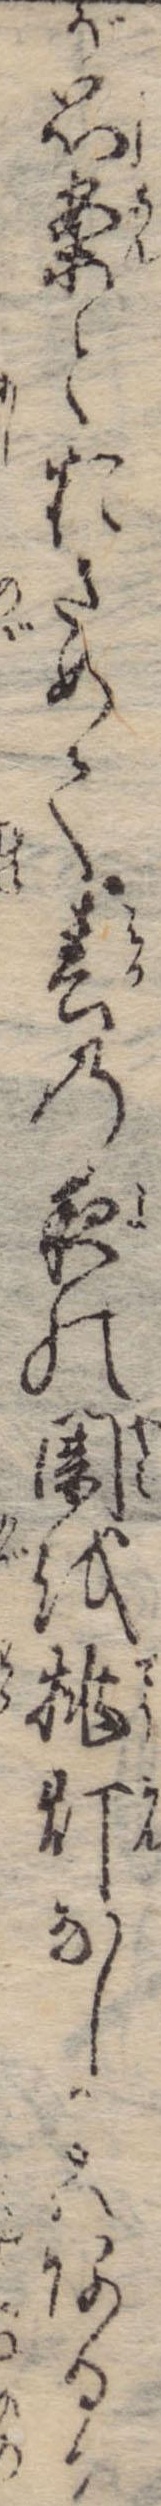
が思案とおさめて春の夜の闇を挑灯なしはあるか